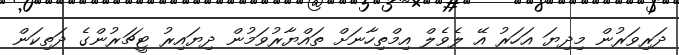
ދަރިވަރުން މިދިޔަ އަހަރު އޭ ލެވެލް އިމްތިހާނަށް ތައްޔާރުވަމުން ދިޔައިރު ޓީޗަރުންގެ ދަތިކަން